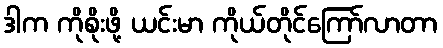
ဒါက ကိုစိုးဖို့ ယင်းမာ ကိုယ်တိုင်ကြော်လာတာ